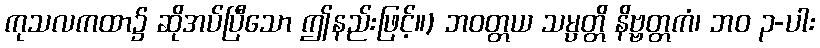
ကုသလကထာ၌ ဆိုအပ်ပြီသော ဤနည်းဖြင့်။) ဘဝတ္တယ သမ္ပတ္တိ နိဗ္ဗတ္တကံ၊ ဘဝ ၃-ပါး